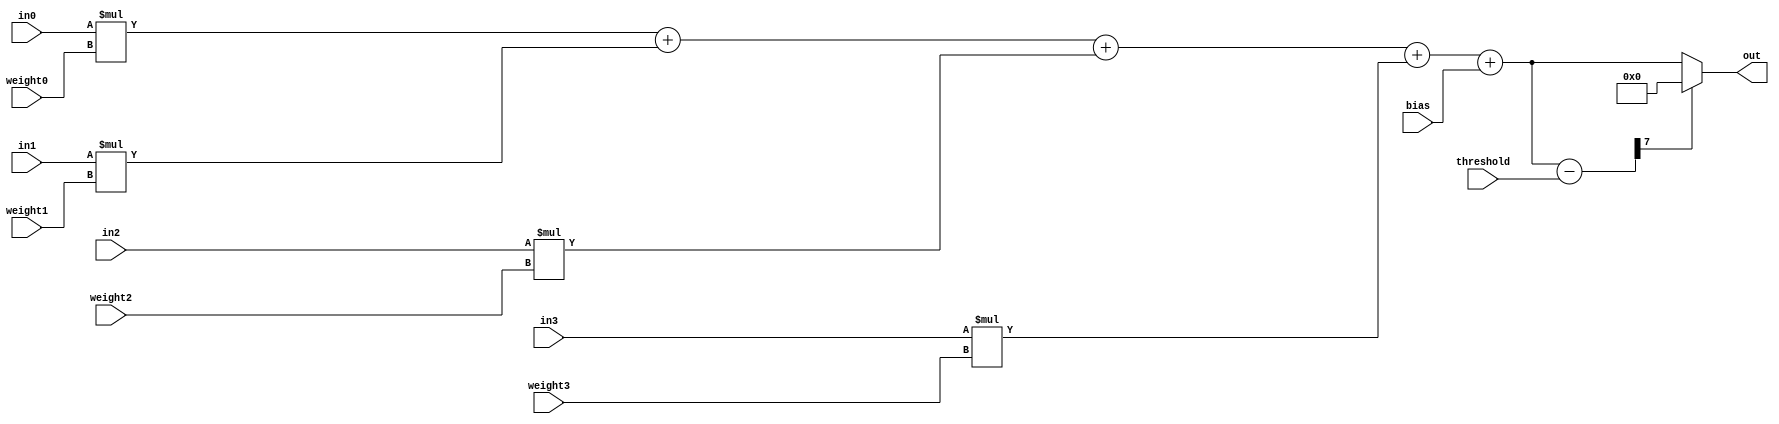
module perceptron(
    input [7:0] in0,
    input [7:0] in1,
    input [7:0] in2,
    input [7:0] in3,

    input [7:0] weight0, //aaa
    input [7:0] weight1,
    input [7:0] weight2,
    input [7:0] weight3,
    input [7:0] bias,
    input [7:0] threshold,

    output reg [7:0] out
);

reg [7:0] sum_p;
reg [7:0] res;

always@(*)
begin
    sum_p=in0*weight0+in1*weight1+in2*weight2+in3*weight3+bias;
    res = sum_p - threshold;
    if (res[7])
        out = 8'b00000000;
    else
        out = sum_p;
end

endmodule